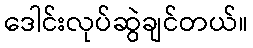
ဒေါင်းလုပ်ဆွဲချင်တယ်။